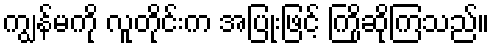
ကျွန်မကို လူတိုင်းက အပြုံးဖြင့် ကြိုဆိုကြသည်။